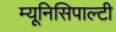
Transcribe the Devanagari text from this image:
म्यूनिसिपाल्टी